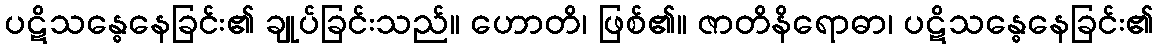
ပဋိသန္ဓေနေခြင်း၏ ချုပ်ခြင်းသည်။ ဟောတိ၊ ဖြစ်၏။ ဇာတိနိရောဓာ၊ ပဋိသန္ဓေနေခြင်း၏